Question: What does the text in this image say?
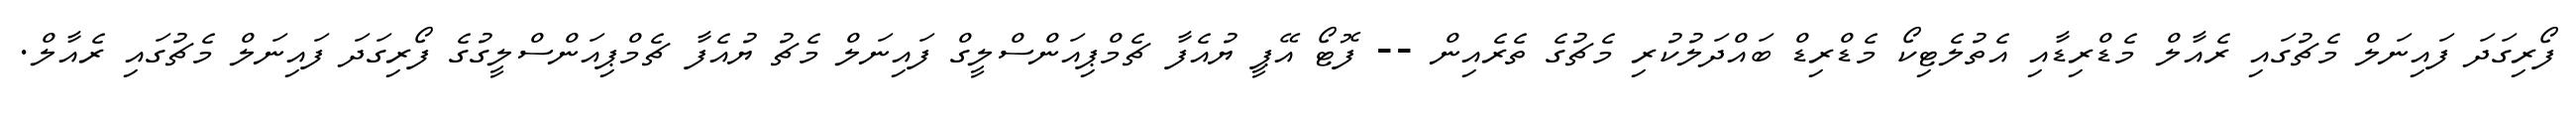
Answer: ފޯރިގަދަ ފައިނަލް މެޗުގައި ރެއާލް މެޑްރިޑާއި އެތުލެޓިކޯ މެޑްރިޑް ބައްދަލުކުރި މެޗުގެ ތެރެއިން -- ފޮޓޯ އޭޕީ ޔުއެފާ ޗެމްޕިއަންސްލީގް ފައިނަލް މެޗު ޔުއެފާ ޗެމްޕިއަންސްލީގުގެ ފޯރިގަދަ ފައިނަލް މެޗުގައި ރެއާލް.